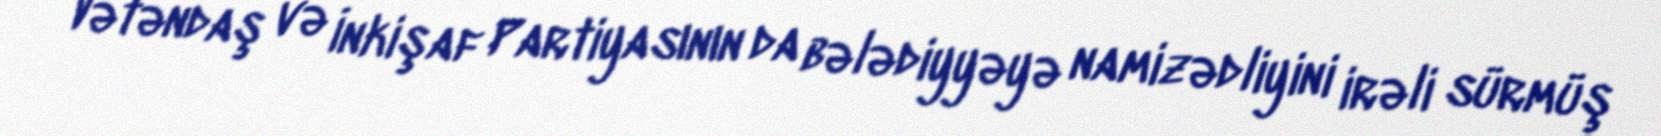
Vətəndaş və İnkişaf Partiyasının da bələdiyyəyə namizədliyini irəli sürmüş